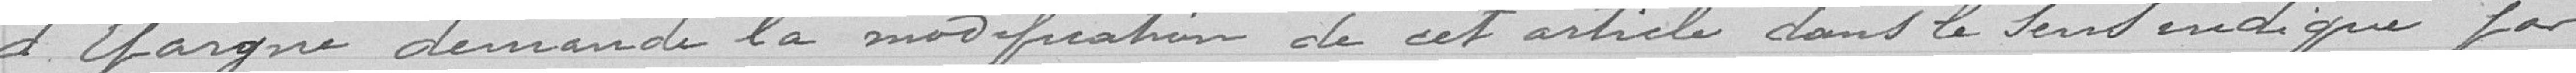
d'Epargne demande la modification de cet article dans le sens indiqué par